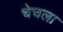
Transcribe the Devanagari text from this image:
चेचला